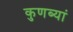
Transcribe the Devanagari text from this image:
कुणब्यां